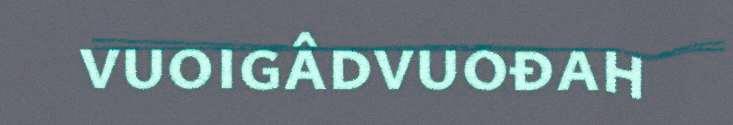
vuoigâdvuođah